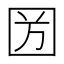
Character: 𡇏